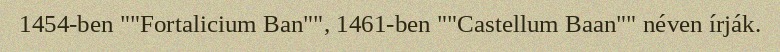
1454-ben ""Fortalicium Ban"", 1461-ben ""Castellum Baan"" néven írják.